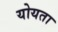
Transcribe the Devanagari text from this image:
योयता